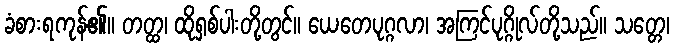
ခံစားရကုန်၏။ တတ္ထ၊ ထိုရှစ်ပါးတို့တွင်။ ယေတေပုဂ္ဂလာ၊ အကြင်ပုဂ္ဂိုလ်တို့သည်။ သတ္တေ၊